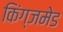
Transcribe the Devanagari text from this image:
किंग्जमेड